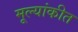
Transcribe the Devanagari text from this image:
मूल्यांकीत